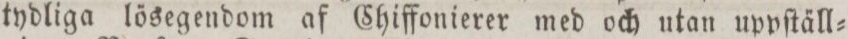
tydliga lösegendom af Chiffonierer med och utan uppſtäll=